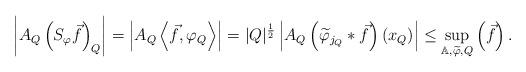
LaTeX: \begin{align*}\left|A_Q\left(S_{\varphi}\vec f\right)_Q\right|=\left|A_Q\left\langle\vec f,\varphi_Q\right\rangle\right|=|Q|^{\frac12}\left|A_Q\left(\widetilde{\varphi}_{j_Q}*\vec f\right)(x_Q)\right|\leq\sup_{\mathbb{A},\widetilde{\varphi},Q}\left(\vec f\right).\end{align*}